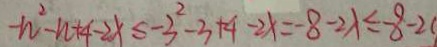
- n ^ { 2 } - n + 4 - 2 x \leq - 3 ^ { 2 } - 3 + 4 - 2 x = - 8 - 2 x \leq - 8 - 2